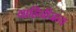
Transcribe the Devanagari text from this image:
वाहिनीजन्य